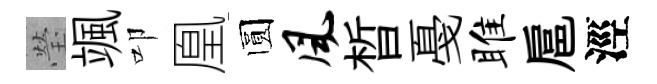
瑩颯叩凰圆风晳戞雎扈涇